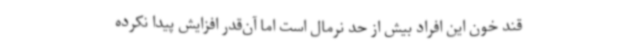
قند خون این افراد بیش از حد نرمال است اما آن‌قدر افزایش پیدا نکرده